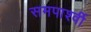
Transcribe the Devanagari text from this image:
समपार्श्वी